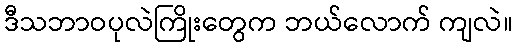
ဒီသဘာဝပုလဲကြိုးတွေက ဘယ်လောက် ကျလဲ။